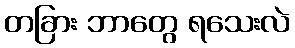
တခြား ဘာတွေ ရသေးလဲ